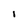
Character: i